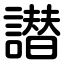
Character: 譛